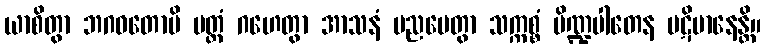
ယာစိတွာ ဘဂဝတောပိ ပတ္တံ ဂဟေတွာ အာသနံ ပညပေတွာ သက္ကစ္စံ ပိဏ္ဍပါတေန ပဋိမာနေန္တိ။